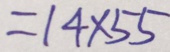
= 1 4 \times 5 5